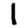
Digit: 1